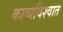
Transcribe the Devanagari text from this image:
काव्यविश्वात